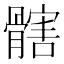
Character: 𩪃